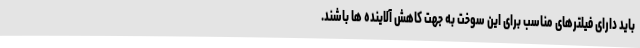
باید دارای فیلترهای مناسب برای این سوخت به جهت کاهش آلاینده ها باشند.